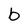
Character: b